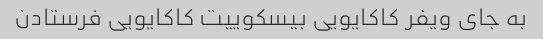
به جای ویفر کاکایویی بیسکوییت کاکایویی فرستادن